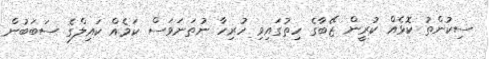
ސިކުންތު ކޮޅެއް ކުރީން ޒޭބާގެ ހިތުގައިވި ހުރިހާ ނުތަނަވަސް ކަމެއް ކައިލްގެ ސަބަބުން